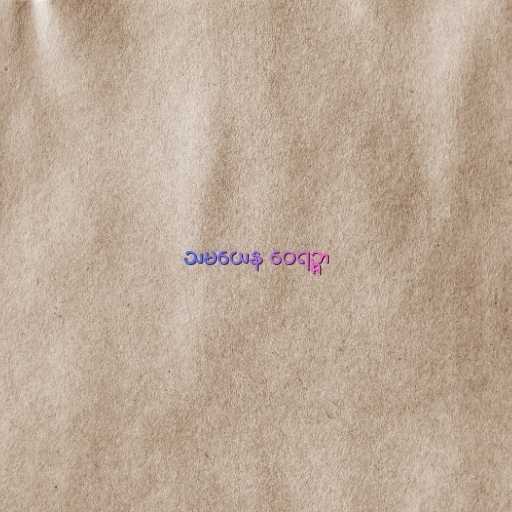
သမယေန ဝေရဉ္ဇာ